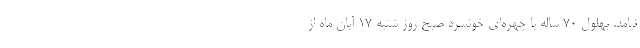
نیامد. بهلول ۷۰ ساله با چهره‌ای خونسرد صبح روز شنبه ۱۷ آبان ماه از